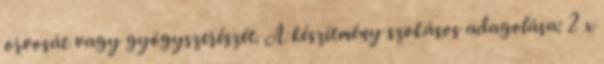
orvosát vagy gyógyszerészét. A készítmény szokásos adagolása: 2 x